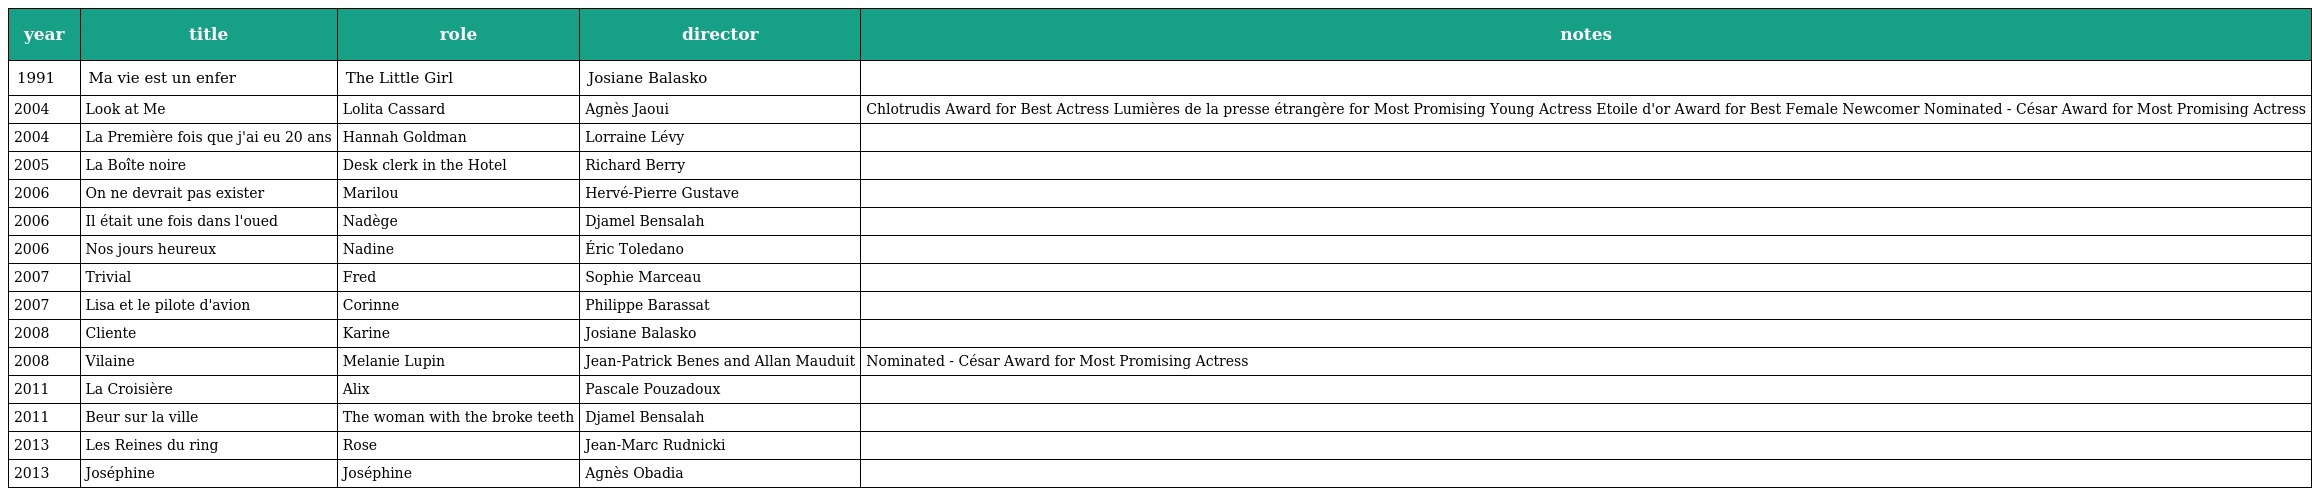
| year | title | role | director | notes |
 | --- | --- | --- | --- | --- |
 | 1991 | Ma vie est un enfer | The Little Girl | Josiane Balasko |  |
 | 2004 | Look at Me | Lolita Cassard | Agnès Jaoui | Chlotrudis Award for Best Actress Lumières de la presse étrangère for Most Promising Young Actress Etoile d'or Award for Best Female Newcomer Nominated - César Award for Most Promising Actress |
 | 2004 | La Première fois que j'ai eu 20 ans | Hannah Goldman | Lorraine Lévy |  |
 | 2005 | La Boîte noire | Desk clerk in the Hotel | Richard Berry |  |
 | 2006 | On ne devrait pas exister | Marilou | Hervé-Pierre Gustave |  |
 | 2006 | Il était une fois dans l'oued | Nadège | Djamel Bensalah |  |
 | 2006 | Nos jours heureux | Nadine | Éric Toledano |  |
 | 2007 | Trivial | Fred | Sophie Marceau |  |
 | 2007 | Lisa et le pilote d'avion | Corinne | Philippe Barassat |  |
 | 2008 | Cliente | Karine | Josiane Balasko |  |
 | 2008 | Vilaine | Melanie Lupin | Jean-Patrick Benes and Allan Mauduit | Nominated - César Award for Most Promising Actress |
 | 2011 | La Croisière | Alix | Pascale Pouzadoux |  |
 | 2011 | Beur sur la ville | The woman with the broke teeth | Djamel Bensalah |  |
 | 2013 | Les Reines du ring | Rose | Jean-Marc Rudnicki |  |
 | 2013 | Joséphine | Joséphine | Agnès Obadia |  |